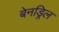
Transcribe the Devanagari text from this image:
बेनड्रिल